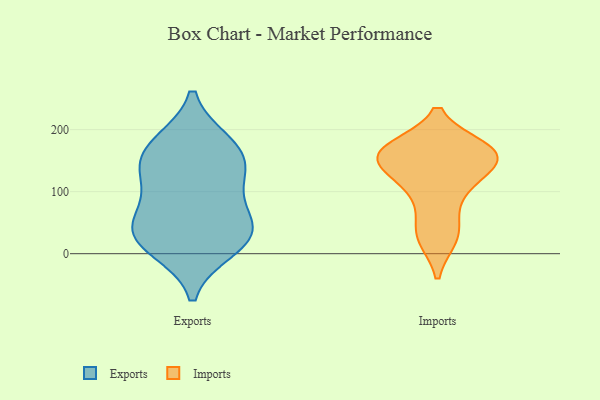
{"axis": {"x": "Satisfaction Score", "y": "Value"}, "legend": ["Exports", "Imports"], "data": [{"x": "", "y": 117, "type": "Exports"}, {"x": "", "y": 47, "type": "Exports"}, {"x": "", "y": 159, "type": "Exports"}, {"x": "", "y": 51, "type": "Exports"}, {"x": "", "y": 27, "type": "Exports"}, {"x": "", "y": 10, "type": "Exports"}, {"x": "", "y": 30, "type": "Exports"}, {"x": "", "y": 176, "type": "Exports"}, {"x": "", "y": 165, "type": "Exports"}, {"x": "", "y": 118, "type": "Exports"}, {"x": "", "y": 162, "type": "Imports"}, {"x": "", "y": 25, "type": "Imports"}, {"x": "", "y": 158, "type": "Imports"}, {"x": "", "y": 168, "type": "Imports"}, {"x": "", "y": 108, "type": "Imports"}, {"x": "", "y": 164, "type": "Imports"}, {"x": "", "y": 56, "type": "Imports"}, {"x": "", "y": 151, "type": "Imports"}, {"x": "", "y": 170, "type": "Imports"}, {"x": "", "y": 106, "type": "Imports"}, {"x": "", "y": 131, "type": "Imports"}, {"x": "", "y": 158, "type": "Imports"}, {"x": "", "y": 25, "type": "Imports"}]}